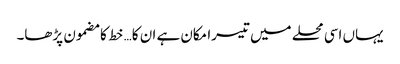
یہاں اسی محلے میں تیسرا مکان ہے ان کا… خط کا مضمون پڑھا۔